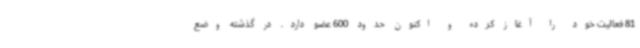
81 فعالیت خود را آغاز کرده و اکنون حدود 600 عضو دارد. در گذشته وضع